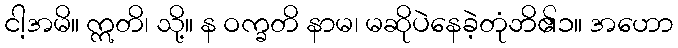
ငါ့အမိ။ ဣတိ၊ သို့။ န ဝက္ခတိ နာမ၊ မဆိုပဲနေခဲ့တုံဘိ၏၁။ အဟော